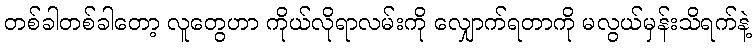
တစ်ခါတစ်ခါတော့ လူတွေဟာ ကိုယ်လိုရာလမ်းကို လျှောက်ရတာကို မလွယ်မှန်းသိရက်နဲ့